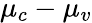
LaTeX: \mu_{c}-\mu_{v}